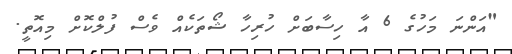
"އަންނަ މަހުގެ 6 އާ ހިސާބަށް ހުރިހާ ޝޯތަކެއް ވެސް ފުލްކޮށް މިއޮތީ.